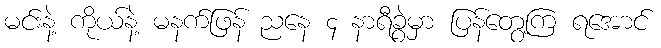
မင်းနဲ့ ကိုယ်နဲ့ မနက်ဖြန် ညနေ ၄ နာရီခွဲမှာ ပြန်တွေ့ကြ ရအောင်